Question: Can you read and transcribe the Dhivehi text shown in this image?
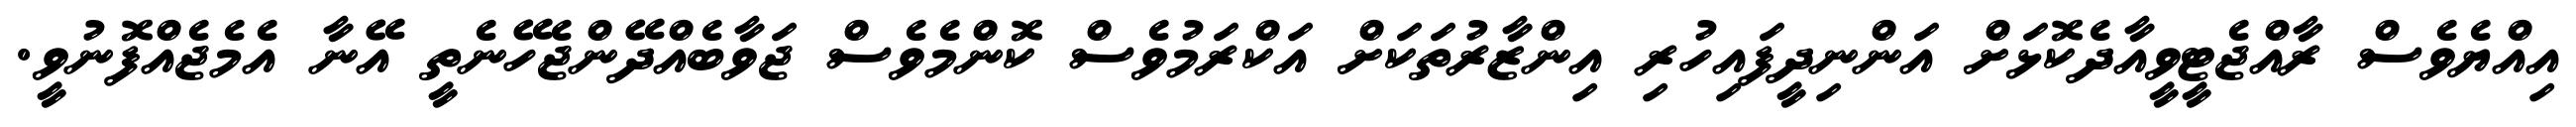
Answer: އިއްޔެވެސް ރާއްޖެޓީވީއާދެކޮޅަށް އަންނިދީފައިހުރި އިންޒާރުތަކަށް އަކްރަމުވެސް ކޮންމެވެސް ޖަވާބެއްދޭންޖެހޭނެތީ އޭނާ އެމެޖެއްފޮނުވީ.